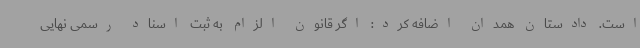
است. دادستان همدان اضافه کرد: اگر قانون الزام به ثبت اسناد رسمی نهایی